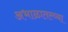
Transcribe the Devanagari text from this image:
अभाळातल्य्या